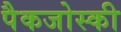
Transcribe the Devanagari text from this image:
पैकजोस्की